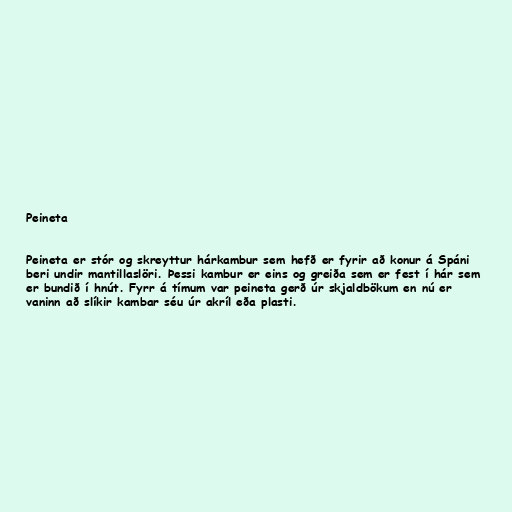
Peineta

Peineta er stór og skreyttur hárkambur sem hefð er fyrir að konur á Spáni
beri undir mantillaslöri. Þessi kambur er eins og greiða sem er fest í hár sem
er bundið í hnút. Fyrr á tímum var peineta gerð úr skjaldbökum en nú er
vaninn að slíkir kambar séu úr akríl eða plasti.